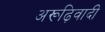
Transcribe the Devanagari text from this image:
अरूढ़िवादी